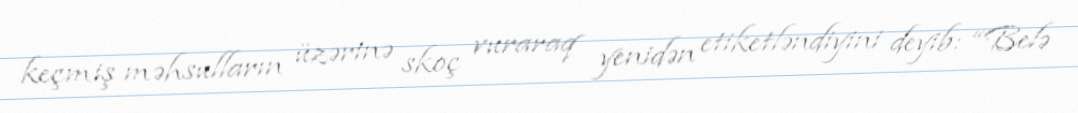
keçmiş məhsulların üzərinə skoç vuraraq yenidən etiketləndiyini deyib: “Belə